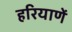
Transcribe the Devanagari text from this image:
हरियाणें